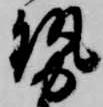
勢